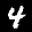
Label: 4